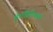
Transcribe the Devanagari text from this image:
मेराविल्गिया